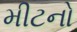
મીટનો